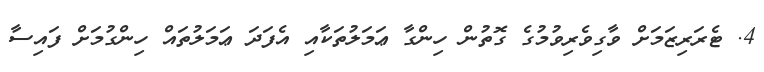
4. ޓެރަރިޒަމަށް ވާގިވެރިވުމުގެ ގޮތުން ހިންގާ ޢަމަލުތަކާއި އެފަދަ ޢަމަލުތައް ހިންގުމަށް ފައިސާ